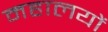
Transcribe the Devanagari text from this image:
महालयों